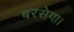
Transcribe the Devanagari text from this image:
बरसेगा।